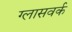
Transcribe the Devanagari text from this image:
ग्लासवर्क